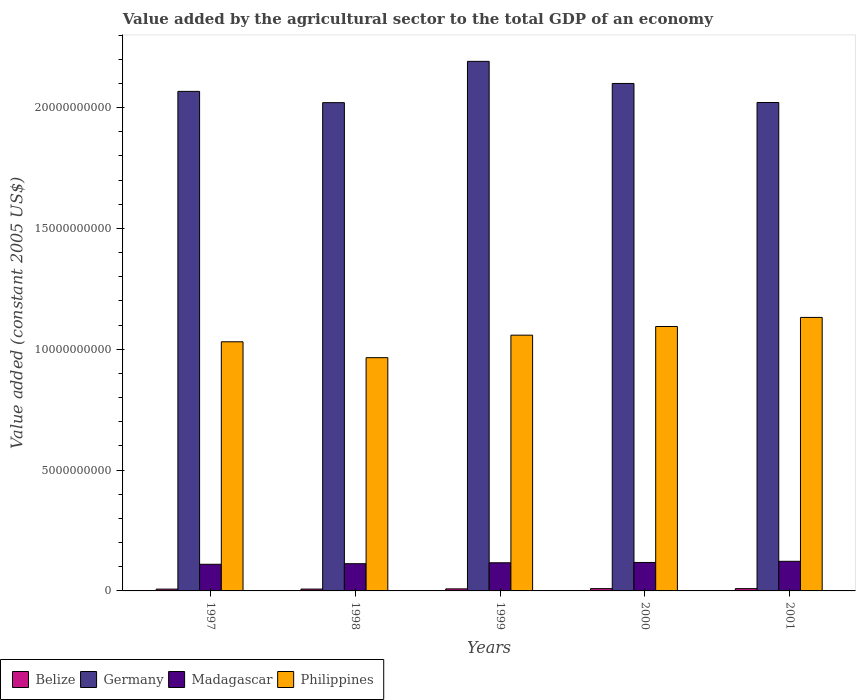
| Years | Belize | Germany | Madagascar | Philippines |
 | --- | --- | --- | --- | --- |
 | 1997 | 7.47e+07 | 2.07e+10 | 1.1e+09 | 1.03e+10 |
 | 1998 | 7.64e+07 | 2.02e+10 | 1.13e+09 | 9.65e+09 |
 | 1999 | 8.47e+07 | 2.19e+10 | 1.16e+09 | 1.06e+10 |
 | 2000 | 9.45e+07 | 2.1e+10 | 1.18e+09 | 1.09e+10 |
 | 2001 | 9.41e+07 | 2.02e+10 | 1.23e+09 | 1.13e+10 |